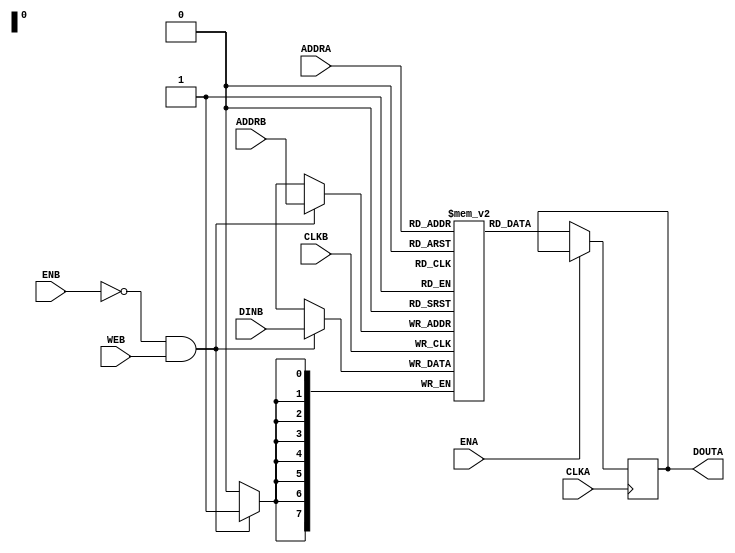
module sram2p256x8 (                             
        CLKA,
        CLKB,                                       
        ADDRA,
        ADDRB,
        DINB,
        DOUTA,                                         
        ENA,                                       
        ENB,                                       
        WEB                                        
);                                             
                                               
input       CLKA;
input       CLKB;                               
input [7:0] ADDRA;
input [7:0] ADDRB;                                 
input [7:0] DINB;
                                               
input ENA;                                     
input ENB;
input WEB;                                     
                                               
output [7:0] DOUTA;                                
reg [7:0] DOUTA;                                   
/*********************************************/
/* this part should be replaced by ASIC sram */
reg [7:0] mem [0:255];                         
always @ ( posedge CLKB )                       
                 if(~ENB && WEB)                      
                                        mem[ADDRB] <= #1 DINB;            
                                               
always @ ( posedge CLKA )                       
                if(~ENA)                        
                                        DOUTA <= #1 mem[ADDRA];            
/*********************************************/
                                                               
endmodule